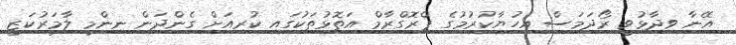
އޭނާ ވިދާޅުވީ ރޯދަމަސް އިހުޔާކުރުމުގެ ޕްރޮގްރާމް އަތޮޅުތަކުގައި ކުރިއަށް ގެންދަން ނިންމީ ލާމަރުކަޒީ